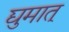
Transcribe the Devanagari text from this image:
द्युमात्